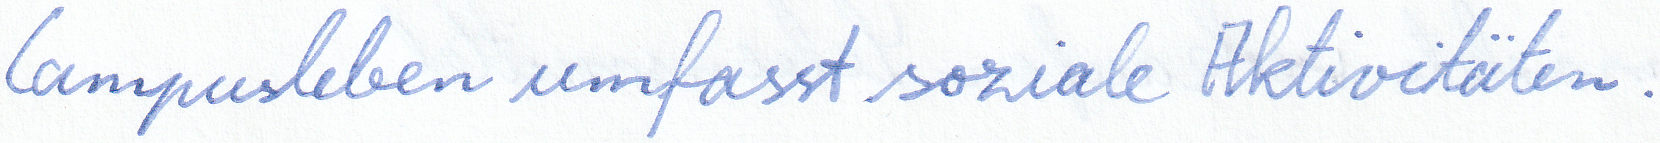
Campusleben umfasst soziale Aktivitäten.